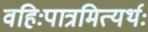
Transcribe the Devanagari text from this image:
वहिःपात्रमित्यर्थः